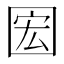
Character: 𫭊